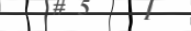
٧